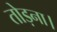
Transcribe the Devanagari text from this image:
तोड़ना।